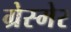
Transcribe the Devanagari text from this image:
ग्रेस्मेर